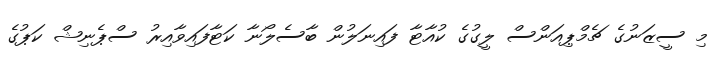
މި ސީޒަނުގެ ޗެމްޕިއަންސް ލީގުގެ ކުއާޓާ ފައިނަލުން ބާސެލޯނާ ކަޓާފައިވާއިރު ސްޕެނިޝް ކަޕުގެ